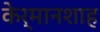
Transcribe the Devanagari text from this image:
केर्मानशाह